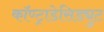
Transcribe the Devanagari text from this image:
कॉण्ट्राडेसिड्युट